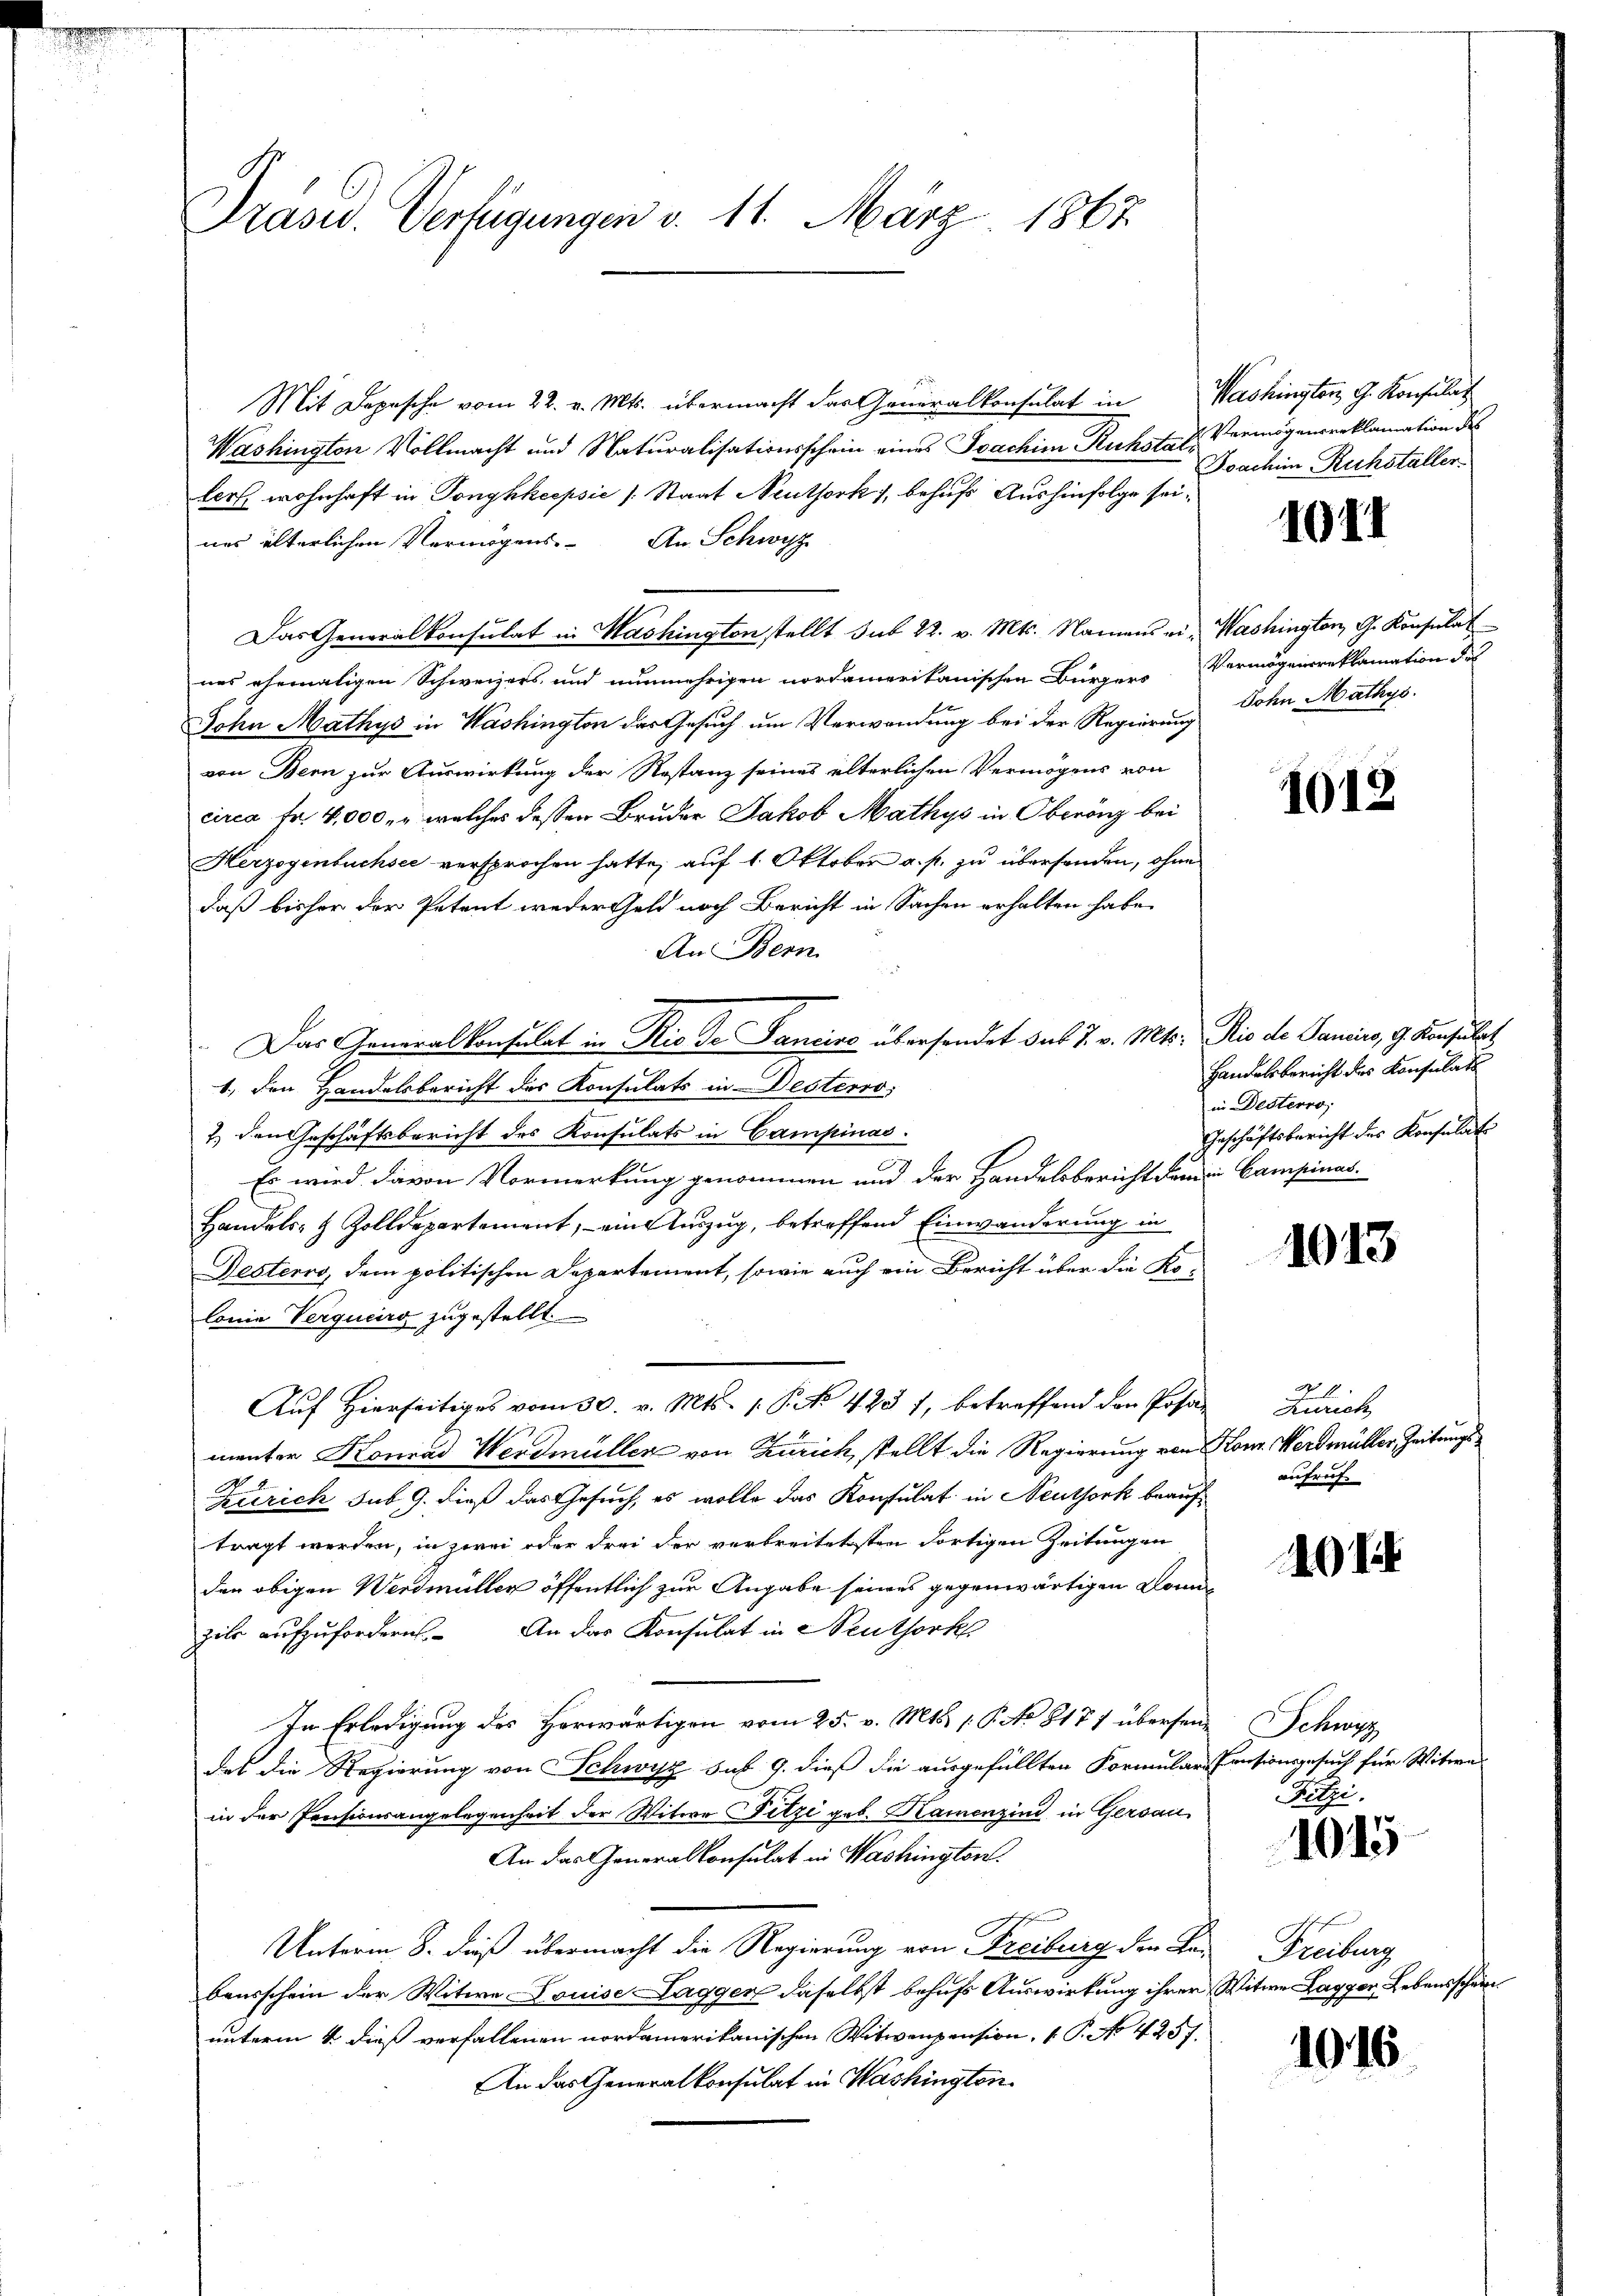
Präsid. Verfügungen d. 11. März 1867

Mit Depesche vom 22. v. Mts. übermacht der Generalkonsulat in Washington G. Konsulat
Washington Vollmacht und Naturalisationsschein eines Joachim Ruhste u. Vermögensreklamation des
lert wohnhaft in Tonghkcepsic (Staat Neuthork), behufs Aushinfolge seines älterlichen Vermögens. An Schwyz
Das Generalkonsulat in Washington stellt sub 22. v. Mts. Namens ei- Washington, G. Konsulat
nes ehemaligen Schweizers und nunmehrigen nordamerikanischen Bürgers Vermögensreklamation des
John Mathys in Washington das Gesuch um Verwendung bei der Regierung Sohn Mathys.
von Bern zur Auswirkung der Restanz seines elterlichen Vermögens von
circa Fr. 4,000. welches dessen Bruder Jakob Mathys in Oberönz bei
Herzogenbuchsee versprochen hatte, auf 1. Oktober a. p. zu überhanden, ohne
daß bisher der Petent weder Geld noch Bericht in Sachen erhalten habe.
An Bern
Das Generalkonsulat in Rio de Fancise übersendet das J. v. Mts. Rio de Panciro, 9. Konsulat
1., den Handelsbericht des Konsulats in Desterro,
7.) Den Geschäftsbericht des Konsulats in Campinas.
Es wird davon Vormerkung genommen und der Handelsbericht dem in Campinas
Handels- & Zolldepartement, ein Auszug, betreffend Einwanderung in
Festerro, dem politischen Departement, sowie auch ein Bericht über die Kolonia Verqueirg zugestellt.
Auf Hierseitiges vom 30. v. Mts. 1. P. NNo. 423 f, betreffend den Posa
manter Konrad Werdmüller von Zürich, stellt die Regierung von Kon. Werdmüller Zeitungs¬
Zerrich sub 9. dieß das Gesuch, es wolle das Konstulat in Neuthork beauftragt werden, in zwei oder drei der verbreitetsten dortigen Zeitungen
den obigen Werdmüller öffentlich zur Angabe seines gegenwärtigen Donn
zils aufzufordern. An das Konsulat in Neuthork
In Erledigung des Herwärtigen vom 25. v. Mts. 1. P. No 8177 übersendes die Regierung von Schwyz sub 9. dieß die ausgefüllten Formular-Pensionsgesuch für Witwe
in der Pensionsangelegenheit der Witwe Fetze geb. Hamenzind in Gersau
An das Generalkonsulat in Washington.
Unterm 8. dieß übermacht die Regierung von Freiburg den Labausschein der Witwe Louise Laggen daselbst behufs Auswirkung ihrer
unterm 4. dieß verfallenen nordamerikanischen Witwenpension, 1 P. No 4257.
An das Generalkonsulat in Washingten.

Joachim Rechstaller.

1011

1012

Handelsbericht des Konsulats
in Desterro,
Geschäftsbericht des Konsulat

1013

Zürich,
aufruf

401

Schwer
Fitzi.

1015

Freiburg
Witwe Lagger Lebensschein

1016.